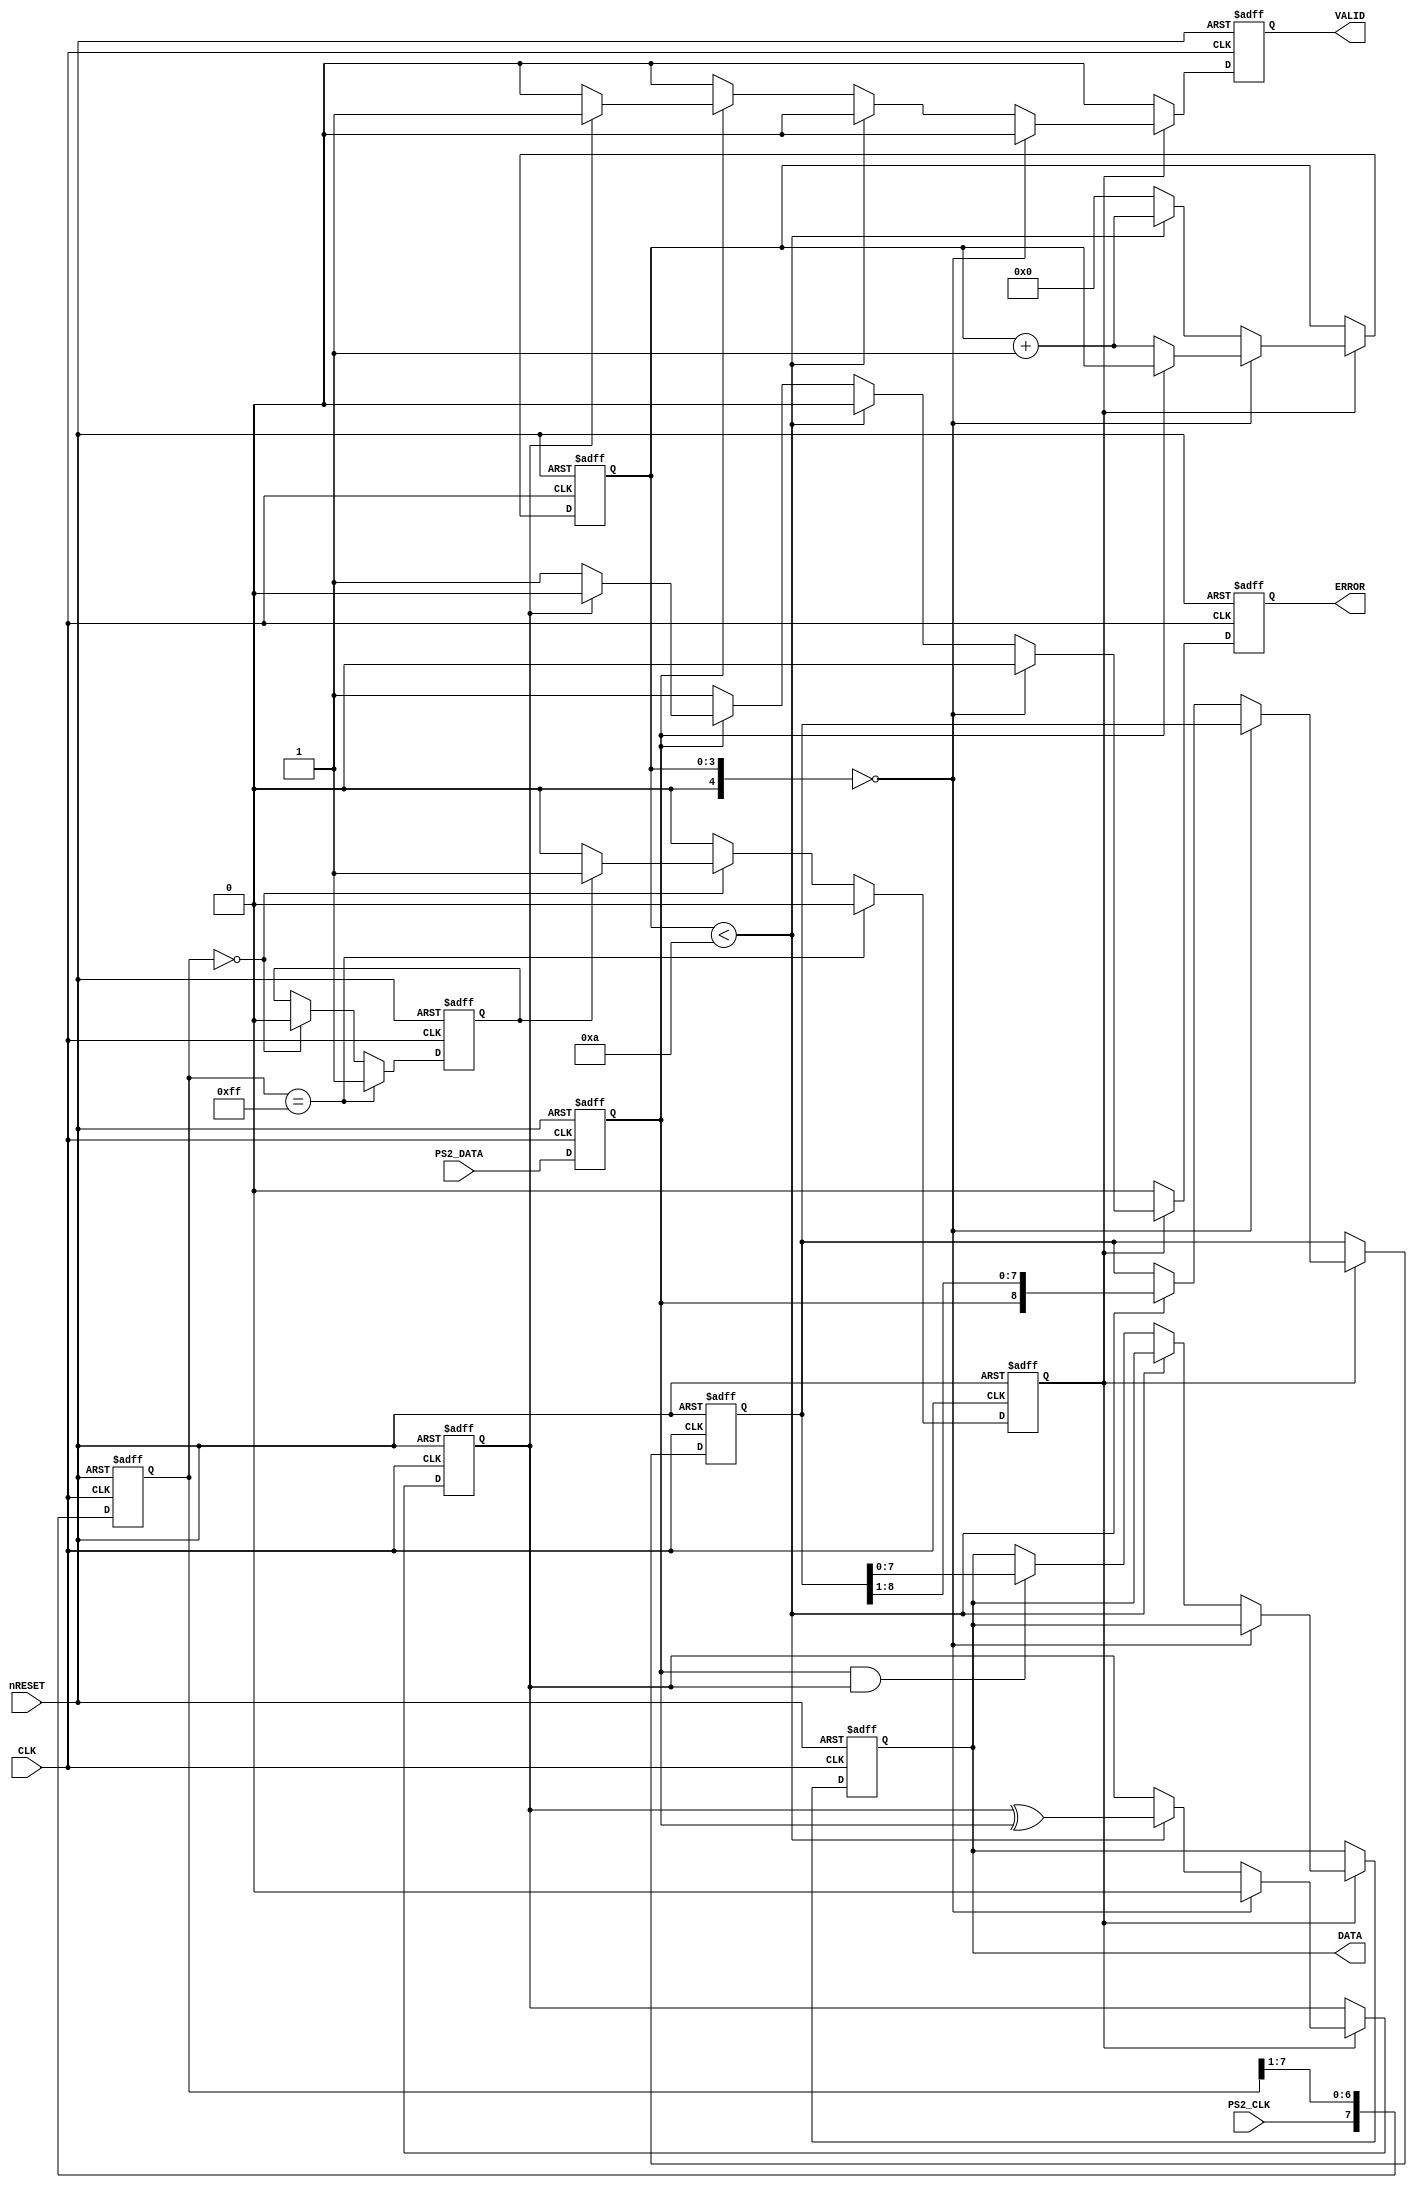
module ps2_intf_v
  (input  CLK,
   input  nRESET,
   input  PS2_CLK,
   input  PS2_DATA,
   output [7:0] DATA,
   output VALID,
   output ERROR);
  wire [7:0] clk_filter;
  wire ps2_clk_in;
  wire ps2_dat_in;
  wire clk_edge;
  wire [3:0] bit_count;
  wire [8:0] shiftreg;
  wire parity;
  wire n5_o;
  wire [6:0] n7_o;
  wire [7:0] n8_o;
  wire n10_o;
  wire n12_o;
  wire n15_o;
  wire n17_o;
  wire n19_o;
  wire n21_o;
  wire n23_o;
  wire n40_o;
  wire [4:0] n42_o;
  wire n44_o;
  wire n45_o;
  wire [3:0] n47_o;
  wire [3:0] n48_o;
  wire [4:0] n49_o;
  wire n51_o;
  wire [3:0] n53_o;
  wire [7:0] n54_o;
  wire [8:0] n55_o;
  wire n56_o;
  wire [7:0] n57_o;
  wire [7:0] n58_o;
  wire n61_o;
  wire n64_o;
  wire n65_o;
  wire n67_o;
  wire n69_o;
  wire [7:0] n70_o;
  wire n72_o;
  wire n74_o;
  wire [3:0] n76_o;
  wire [8:0] n77_o;
  wire n78_o;
  wire [7:0] n79_o;
  wire n81_o;
  wire n83_o;
  wire [3:0] n84_o;
  wire [8:0] n85_o;
  wire n87_o;
  wire n90_o;
  wire n93_o;
  reg [7:0] n117_q;
  reg n118_q;
  reg n119_q;
  reg n120_q;
  wire [3:0] n121_o;
  reg [3:0] n122_q;
  wire [8:0] n123_o;
  reg [8:0] n124_q;
  wire n125_o;
  reg n126_q;
  wire [7:0] n127_o;
  reg [7:0] n128_q;
  reg n129_q;
  reg n130_q;
  assign DATA = n128_q;
  assign VALID = n129_q;
  assign ERROR = n130_q;
  /* ps2_intf.vhd:66:9  */
  assign clk_filter = n117_q; // (signal)
  /* ps2_intf.vhd:68:9  */
  assign ps2_clk_in = n118_q; // (signal)
  /* ps2_intf.vhd:69:9  */
  assign ps2_dat_in = n119_q; // (signal)
  /* ps2_intf.vhd:71:9  */
  assign clk_edge = n120_q; // (signal)
  /* ps2_intf.vhd:72:9  */
  assign bit_count = n122_q; // (signal)
  /* ps2_intf.vhd:73:9  */
  assign shiftreg = n124_q; // (signal)
  /* ps2_intf.vhd:74:9  */
  assign parity = n126_q; // (signal)
  /* ps2_intf.vhd:79:27  */
  assign n5_o = ~nRESET;
  /* ps2_intf.vhd:87:59  */
  assign n7_o = clk_filter[7:1];
  /* ps2_intf.vhd:87:47  */
  assign n8_o = {PS2_CLK, n7_o};
  /* ps2_intf.vhd:90:39  */
  assign n10_o = clk_filter == 8'b11111111;
  /* ps2_intf.vhd:93:42  */
  assign n12_o = clk_filter == 8'b00000000;
  /* ps2_intf.vhd:95:33  */
  assign n15_o = ps2_clk_in ? 1'b1 : 1'b0;
  /* ps2_intf.vhd:93:25  */
  assign n17_o = n12_o ? 1'b0 : ps2_clk_in;
  /* ps2_intf.vhd:93:25  */
  assign n19_o = n12_o ? n15_o : 1'b0;
  /* ps2_intf.vhd:90:25  */
  assign n21_o = n10_o ? 1'b1 : n17_o;
  /* ps2_intf.vhd:90:25  */
  assign n23_o = n10_o ? 1'b0 : n19_o;
  /* ps2_intf.vhd:106:27  */
  assign n40_o = ~nRESET;
  /* ps2_intf.vhd:120:46  */
  assign n42_o = {1'b0, bit_count};  //  uext
  /* ps2_intf.vhd:120:46  */
  assign n44_o = n42_o == 5'b00000;
  /* ps2_intf.vhd:126:55  */
  assign n45_o = ~ps2_dat_in;
  /* ps2_intf.vhd:128:72  */
  assign n47_o = bit_count + 4'b0001;
  /* ps2_intf.vhd:126:41  */
  assign n48_o = n45_o ? n47_o : bit_count;
  /* ps2_intf.vhd:133:54  */
  assign n49_o = {1'b0, bit_count};  //  uext
  /* ps2_intf.vhd:133:54  */
  assign n51_o = $signed(n49_o) < $signed(5'b01010);
  /* ps2_intf.vhd:135:72  */
  assign n53_o = bit_count + 4'b0001;
  /* ps2_intf.vhd:136:82  */
  assign n54_o = shiftreg[8:1];
  /* ps2_intf.vhd:136:72  */
  assign n55_o = {ps2_dat_in, n54_o};
  /* ps2_intf.vhd:137:66  */
  assign n56_o = parity ^ ps2_dat_in;
  /* ps2_intf.vhd:143:73  */
  assign n57_o = shiftreg[7:0];
  /* ps2_intf.vhd:138:41  */
  assign n58_o = n65_o ? n57_o : n128_q;
  /* ps2_intf.vhd:141:49  */
  assign n61_o = parity ? 1'b1 : 1'b0;
  /* ps2_intf.vhd:141:49  */
  assign n64_o = parity ? 1'b0 : 1'b1;
  /* ps2_intf.vhd:138:41  */
  assign n65_o = ps2_dat_in & parity;
  /* ps2_intf.vhd:138:41  */
  assign n67_o = ps2_dat_in ? n61_o : 1'b0;
  /* ps2_intf.vhd:138:41  */
  assign n69_o = ps2_dat_in ? n64_o : 1'b1;
  /* ps2_intf.vhd:133:41  */
  assign n70_o = n51_o ? n128_q : n58_o;
  /* ps2_intf.vhd:133:41  */
  assign n72_o = n51_o ? 1'b0 : n67_o;
  /* ps2_intf.vhd:133:41  */
  assign n74_o = n51_o ? 1'b0 : n69_o;
  /* ps2_intf.vhd:133:41  */
  assign n76_o = n51_o ? n53_o : 4'b0000;
  /* ps2_intf.vhd:133:41  */
  assign n77_o = n51_o ? n55_o : shiftreg;
  /* ps2_intf.vhd:133:41  */
  assign n78_o = n51_o ? n56_o : parity;
  /* ps2_intf.vhd:120:33  */
  assign n79_o = n44_o ? n128_q : n70_o;
  /* ps2_intf.vhd:120:33  */
  assign n81_o = n44_o ? 1'b0 : n72_o;
  /* ps2_intf.vhd:120:33  */
  assign n83_o = n44_o ? 1'b0 : n74_o;
  /* ps2_intf.vhd:120:33  */
  assign n84_o = n44_o ? n48_o : n76_o;
  /* ps2_intf.vhd:120:33  */
  assign n85_o = n44_o ? shiftreg : n77_o;
  /* ps2_intf.vhd:120:33  */
  assign n87_o = n44_o ? 1'b0 : n78_o;
  /* ps2_intf.vhd:118:25  */
  assign n90_o = clk_edge ? n81_o : 1'b0;
  /* ps2_intf.vhd:118:25  */
  assign n93_o = clk_edge ? n83_o : 1'b0;
  /* ps2_intf.vhd:84:17  */
  always @(posedge CLK or posedge n5_o)
    if (n5_o)
      n117_q <= 8'b11111111;
    else
      n117_q <= n8_o;
  /* ps2_intf.vhd:84:17  */
  always @(posedge CLK or posedge n5_o)
    if (n5_o)
      n118_q <= 1'b1;
    else
      n118_q <= n21_o;
  /* ps2_intf.vhd:84:17  */
  always @(posedge CLK or posedge n5_o)
    if (n5_o)
      n119_q <= 1'b1;
    else
      n119_q <= PS2_DATA;
  /* ps2_intf.vhd:84:17  */
  always @(posedge CLK or posedge n5_o)
    if (n5_o)
      n120_q <= 1'b0;
    else
      n120_q <= n23_o;
  /* ps2_intf.vhd:113:17  */
  assign n121_o = clk_edge ? n84_o : bit_count;
  /* ps2_intf.vhd:113:17  */
  always @(posedge CLK or posedge n40_o)
    if (n40_o)
      n122_q <= 4'b0000;
    else
      n122_q <= n121_o;
  /* ps2_intf.vhd:113:17  */
  assign n123_o = clk_edge ? n85_o : shiftreg;
  /* ps2_intf.vhd:113:17  */
  always @(posedge CLK or posedge n40_o)
    if (n40_o)
      n124_q <= 9'b000000000;
    else
      n124_q <= n123_o;
  /* ps2_intf.vhd:113:17  */
  assign n125_o = clk_edge ? n87_o : parity;
  /* ps2_intf.vhd:113:17  */
  always @(posedge CLK or posedge n40_o)
    if (n40_o)
      n126_q <= 1'b0;
    else
      n126_q <= n125_o;
  /* ps2_intf.vhd:113:17  */
  assign n127_o = clk_edge ? n79_o : n128_q;
  /* ps2_intf.vhd:113:17  */
  always @(posedge CLK or posedge n40_o)
    if (n40_o)
      n128_q <= 8'b00000000;
    else
      n128_q <= n127_o;
  /* ps2_intf.vhd:113:17  */
  always @(posedge CLK or posedge n40_o)
    if (n40_o)
      n129_q <= 1'b0;
    else
      n129_q <= n90_o;
  /* ps2_intf.vhd:113:17  */
  always @(posedge CLK or posedge n40_o)
    if (n40_o)
      n130_q <= 1'b0;
    else
      n130_q <= n93_o;
endmodule